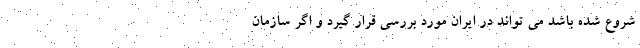
شروع شده باشد می تواند در ایران مورد بررسی قرار گیرد و اگر سازمان